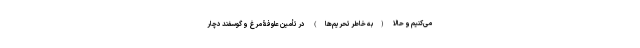
می‌کنیم و حالا (به خاطر تحریم‌ها) در تأمین علوفۀ مرغ و گوسفند دچار